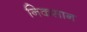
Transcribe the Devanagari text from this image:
निकसान